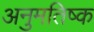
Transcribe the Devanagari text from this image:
अनुमतिष्क